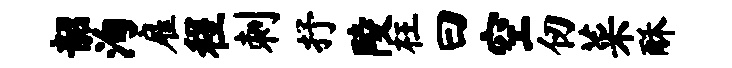
韶洵雇程刺抒陵枉曰空仞菜酥